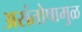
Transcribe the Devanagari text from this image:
असंतोषामुळ